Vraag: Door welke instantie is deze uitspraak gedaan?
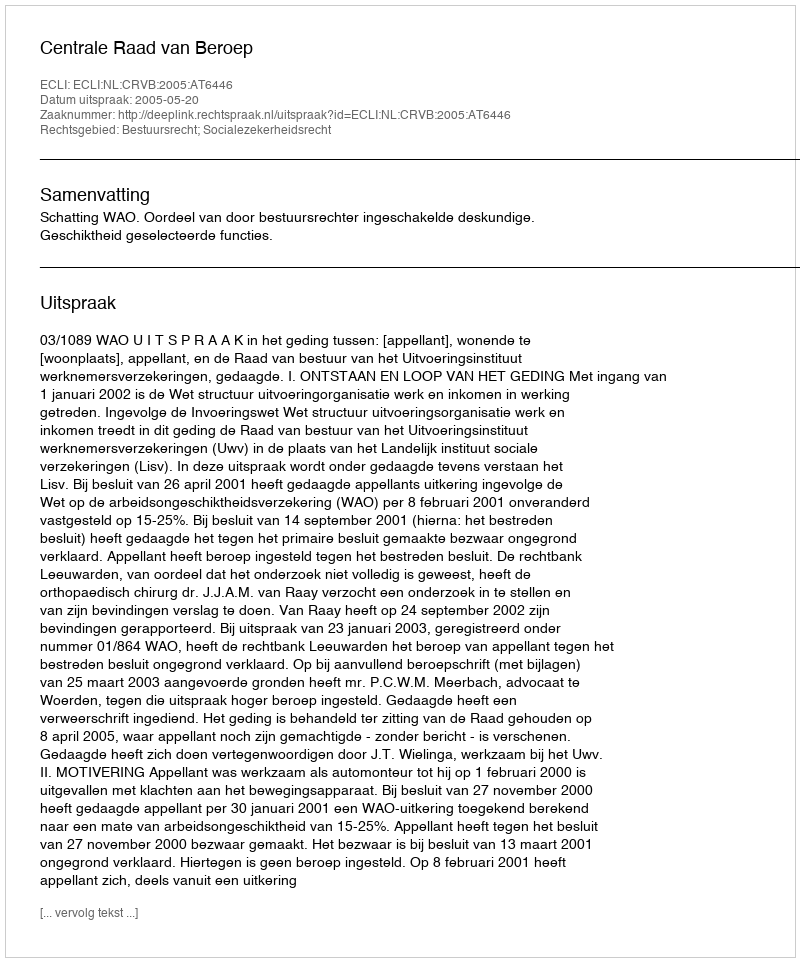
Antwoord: Centrale Raad van Beroep